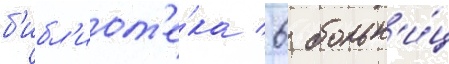
б'ибл'иот'е́ка / 6 больн'и́ц